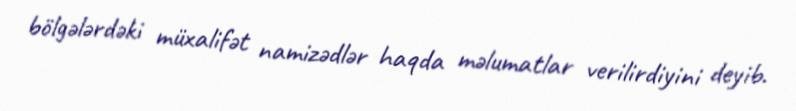
bölgələrdəki müxalifət namizədlər haqda məlumatlar verilirdiyini deyib.